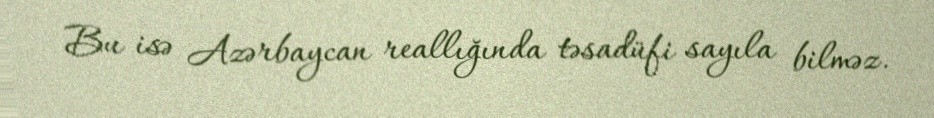
Bu isə Azərbaycan reallığında təsadüfi sayıla bilməz.